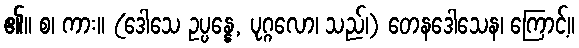
၏။ စ၊ ကား။ (ဒေါသေ ဥပ္ပန္နေ, ပုဂ္ဂလော၊ သည်၊) တေနဒေါသေန၊ ကြောင့်။